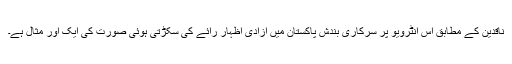
ناقدین کے مطابق اس انٹرویو پر سرکاری بندش پاکستان میں آزادی اظہار رائے کی سکڑتی ہوئی صورت کی ایک اور مثال ہے۔